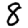
Digit: 8